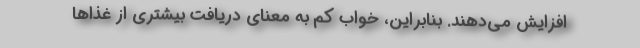
افزایش می‌دهند. بنابراین، خواب کم به معنای دریافت بیشتری از غذاها